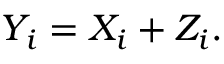
Y _ { i } = X _ { i } + Z _ { i } . \,